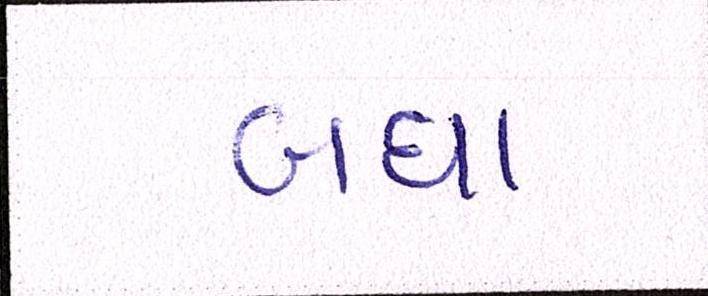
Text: બધા